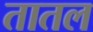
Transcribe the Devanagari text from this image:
तातल